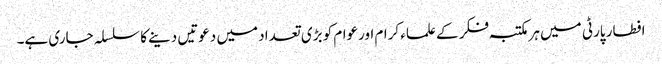
افطار پارٹی میں ہرمکتبہ فکر کے علماء کرام اورعوام کو بڑی تعداد میں دعوتیں دینے کا سلسلہ جاری ہے۔